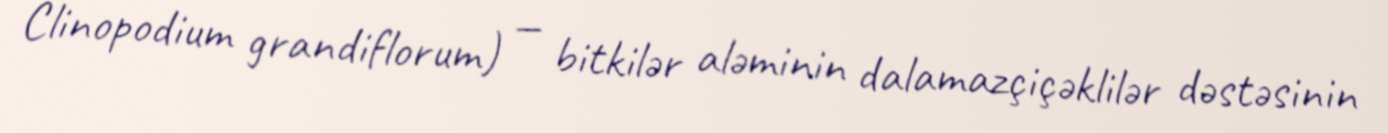
Clinopodium grandiflorum) — bitkilər aləminin dalamazçiçəklilər dəstəsinin